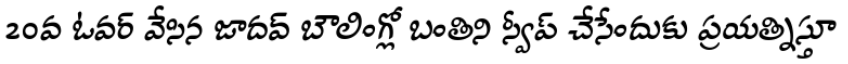
20వ ఓవర్ వేసిన జాదవ్ బౌలింగ్లో బంతిని స్వీప్ చేసేందుకు ప్రయత్నిస్తూ